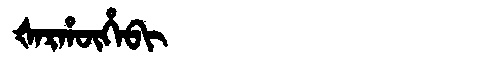
Manchu: ᡧᠠᡵᡥᡡᡥᠠᠪᡳ
Romanization: ŠARHŪHABI